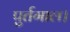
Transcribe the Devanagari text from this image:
पुर्तगाल।